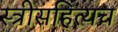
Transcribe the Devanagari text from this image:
स्त्रीसहित्यच